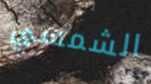
الشمسي